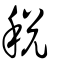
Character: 稅